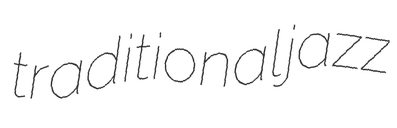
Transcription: traditional jazz